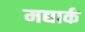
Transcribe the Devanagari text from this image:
मद्यार्क